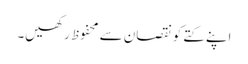
اپنے کتے کو نقصان سے محفوظ رکھیں۔